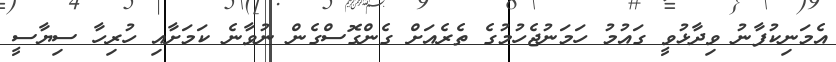
އެމަނިކުފާނު ވިދާޅުވީ ގައުމު ހަމަނުޖެހުމުގެ ތެރެއަށް ގެންގޮސްގެން ނުވާނެ ކަމަށާއި ހުރިހާ ސިޔާސީ